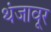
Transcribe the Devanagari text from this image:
थंजावूर